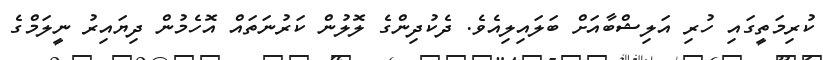
ކުރިމަތީގައި ހުރި އަލިޝްބާއަށް ބަލައިލިއެވެ. ދެކުދިންގެ ލޮލުން ކަރުނަތައް އޮހެމުން ދިޔައިރު ނީލަމްގެ